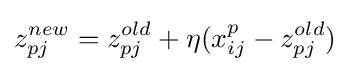
z_{pj}^{new}=z_{pj}^{old}+\eta (x_{ij}^{p}-z_{pj}^{old})